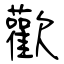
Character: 歡